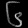
Digit: ၆